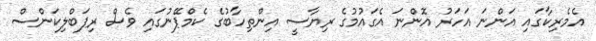
އެމެރިކާގައި އަންނަ އަހަރު އޮންނަ އެގައުމުގެ ރިޔާސީ އިންތިހާބުގެ ކެމްޕޭނުގައި ވެސް ރިޕަބްލިކަންސް